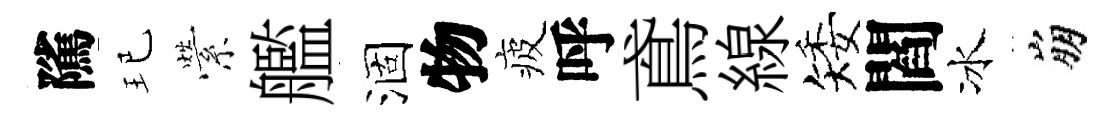
隲玘縈艦涸物疲呼鳶線矮閻冰崩